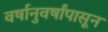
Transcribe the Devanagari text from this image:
वर्षानुवर्षांपासून